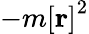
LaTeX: -m\left[\mathbf{r}\right]^{2}